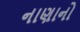
નાણાનો